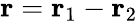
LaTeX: {\mathbf r}={\mathbf r}_{1}-{\mathbf r}_{2}